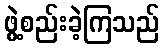
ဖွဲ့စည်းခဲ့ကြသည်